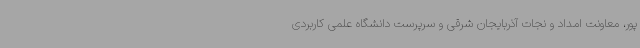
پور، معاونت امداد و نجات آذربایجان شرقی و سرپرست دانشگاه علمی کاربردی